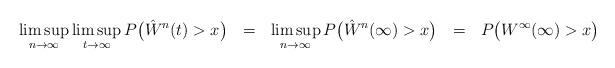
LaTeX: \begin{align*}\limsup_{n \rightarrow \infty} \limsup_{t \rightarrow \infty} P\big( \hat{W}^{n}(t) > x \big)\ \ =\ \ \limsup_{n \rightarrow \infty} P\big( \hat{W}^{n}(\infty) > x \big)\ \ =\ \ P\big( W^{\infty}(\infty) > x \big)\end{align*}